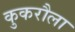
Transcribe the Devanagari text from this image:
कुकरौला